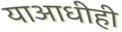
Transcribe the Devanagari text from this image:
याआधीही